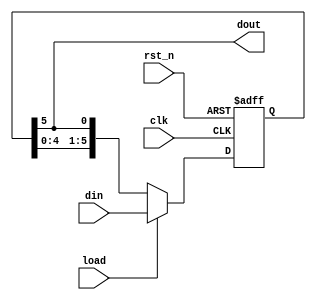
module signal_maker_sar (
    input wire clk,
    input wire rst_n,
    input wire load,
    input wire [5:0] din,
    output wire dout
);
    reg [5:0] temp;
    always @(posedge clk, negedge rst_n) begin
        if (!rst_n) temp <= 6'b011001;
        else if (load) temp <= din;
        else temp <= {temp[4:0], temp[5]};
    
    end
    assign dout = temp[5];
endmodule